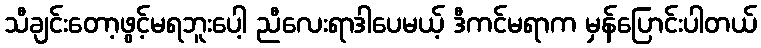
သီချင်းတော့ဖွင့်မရဘူးပေါ့ ညီလေးရာဒါပေမယ့် ဒီကင်မရာက မှန်ပြောင်းပါတယ်